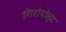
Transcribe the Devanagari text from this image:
गिरोपोस्ट